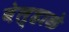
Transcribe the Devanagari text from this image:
वेल्हाळे